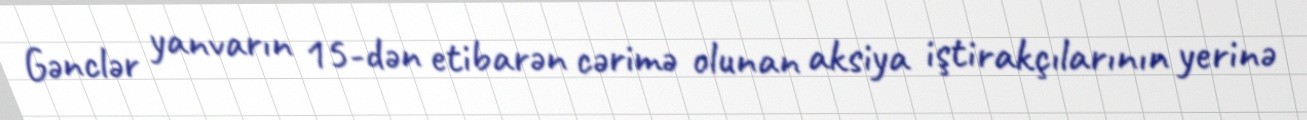
Gənclər yanvarın 15-dən etibarən cərimə olunan aksiya iştirakçılarının yerinə